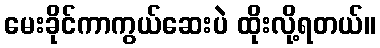
မေးခိုင်ကာကွယ်ဆေးပဲ ထိုးလို့ရတယ်။